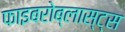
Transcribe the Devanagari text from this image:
फाइबरोब्लास्ट्स